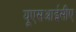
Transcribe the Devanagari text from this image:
यूएसआईसीए